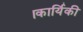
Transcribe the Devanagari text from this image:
।कार्यिकी